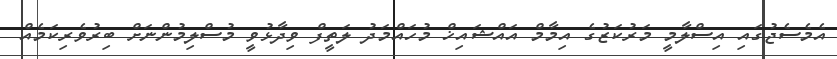
އެމެސެޖުގައި އިސްލާމީ މަރުކަޒުގެ އިމާމް އައްޝައިޚް މުހައްމަދު ލަތީފް ވިދާޅުވީ މުސްލިމުންނަށް ބިރުވެރިކަމެއް